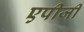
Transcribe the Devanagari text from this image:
एपीजी